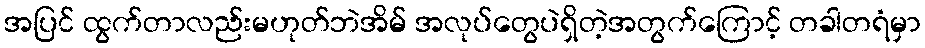
အပြင် ထွက်တာလည်းမဟုတ်ဘဲအိမ် အလုပ်တွေပဲရှိတဲ့အတွက်ကြောင့် တခါတရံမှာ